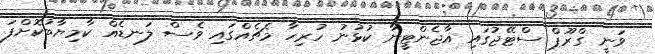
ވަނީ ގްރޫޕް ސްޓޭޖުގައި އާޖެންޓީނާ ކުޅުނު ހުރިހާ މެޗެއްގައި ވެސް ލަނޑެއް ކާމިޔާބުކޮށްފަ